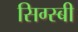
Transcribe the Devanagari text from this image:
सिग्स्बी